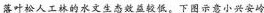
落叶松人工林的水文生态效益较低。下图示意小兴安岭